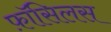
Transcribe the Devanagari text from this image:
फ़ॉसिलस